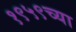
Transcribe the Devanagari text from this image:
१९५९च्या